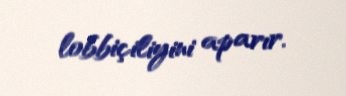
lobbiçiliyini aparır.